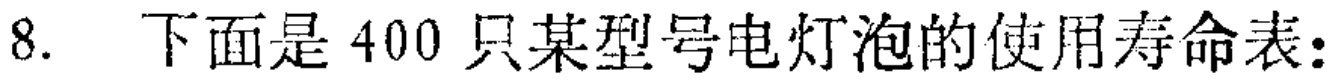
8. 下面是 400 只某型号电灯泡的使用寿命表：